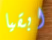
ابقيا